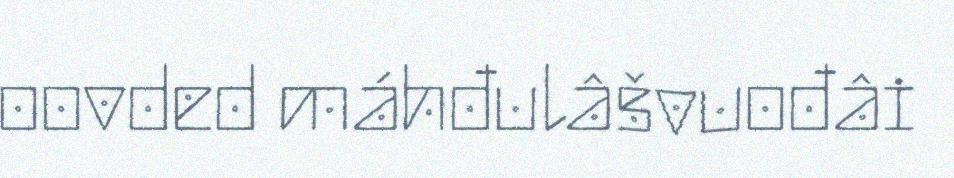
oovded máhđulâšvuođâi